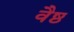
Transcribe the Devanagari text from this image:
वैष्ठ